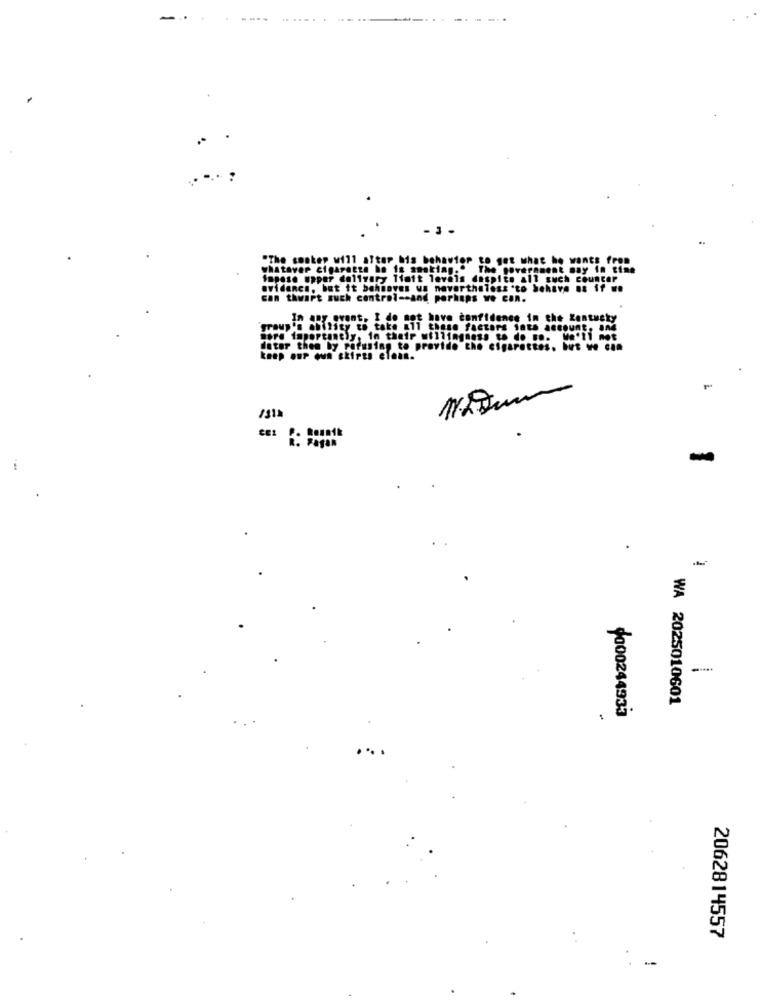
"The conkep will after his behavior to get what he wants from
whataver cigarette he is smoking."
The government may in time
The
Impose upper delivery Tiait levels despite all such counter
avidanen, but it bahnaves wa nevertheless 'to behave na if ..
can thwart much control -- and perhaps we can.
tueky
"group's ability to take all these factors into account, Ing
more importantly, in their willingness to do so. We'll not
dator them by refusing to provide the cigarettes. but we can
keep our oun shirts elean.
/31
-
WA 2025010601
4000244933
2062814557
-